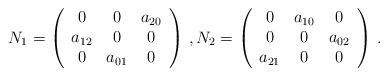
LaTeX: \begin{align*}N_{1}= \left(\begin{array}{ccc}0&0&a_{20}\\a_{12}&0&0\\0&a_{01}&0\end{array}\right)\,,N_{2}= \left(\begin{array}{ccc}0&a_{10}&0\\0&0&a_{02}\\a_{21}&0&0\end{array}\right)\,.\end{align*}